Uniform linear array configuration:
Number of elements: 48
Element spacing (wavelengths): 0.25
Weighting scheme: blackman
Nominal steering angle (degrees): -45
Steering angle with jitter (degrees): -45.916
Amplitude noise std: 0.05
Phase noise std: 0.05

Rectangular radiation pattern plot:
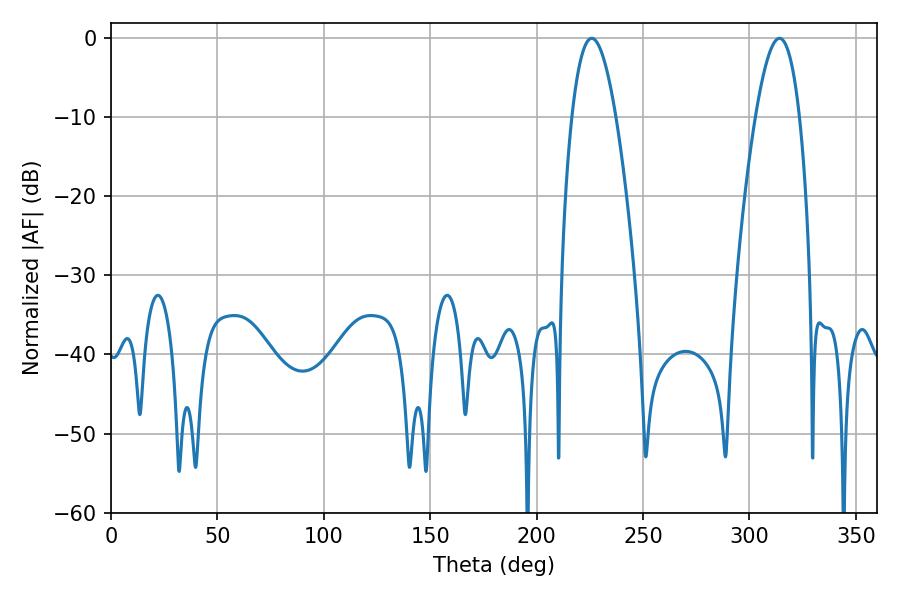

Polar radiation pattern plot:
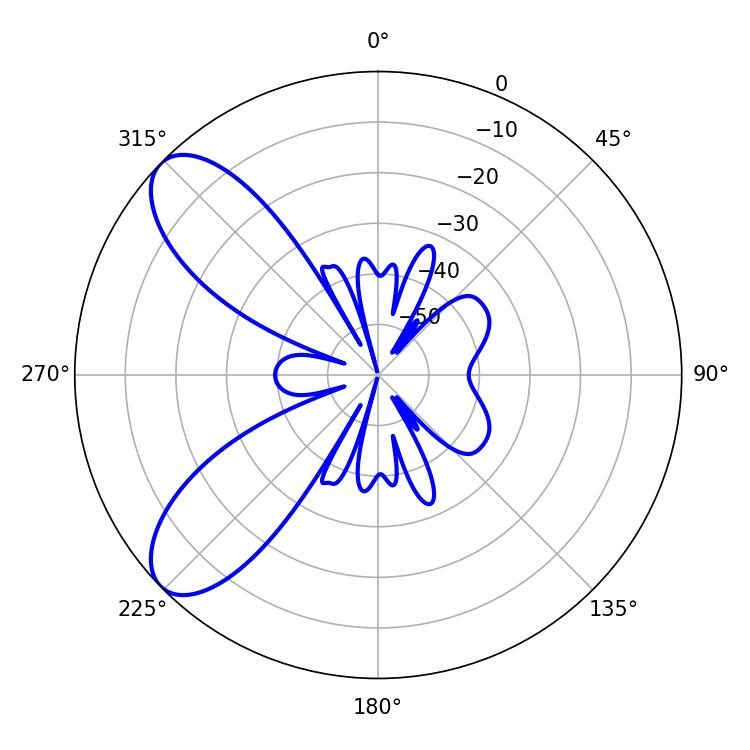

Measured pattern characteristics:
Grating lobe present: FALSE
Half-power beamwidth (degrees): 11.34
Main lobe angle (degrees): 225.9